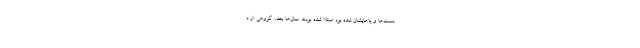
دست‌ها و پاهایشان شده بود مبتلا شده بودند. سال‌ها بعد، گروهی از د